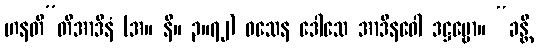
ဟနတီ”တိအာဒီနံ (အ။ နိ။ ၃။၇၂) ဝသေန ဒေါသေ အာဒီနဝေါ ဒဋ္ဌဗ္ဗော။ “ခန္တီ